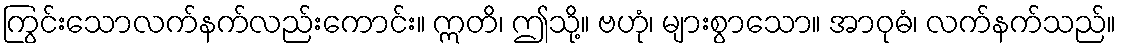
ကြွင်းသောလက်နက်လည်းကောင်း။ ဣတိ၊ ဤသို့။ ဗဟုံ၊ များစွာသော။ အာဝုဓံ၊ လက်နက်သည်။